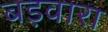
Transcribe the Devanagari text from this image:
बड़वारा